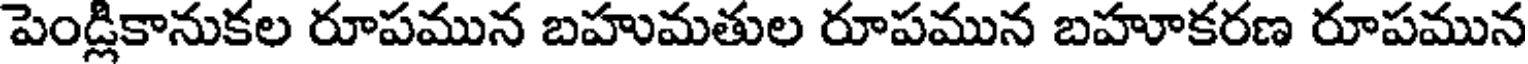
పెండ్లికానుకల రూపమున బహుమతుల రూపమున బహూకరణ రూపమున